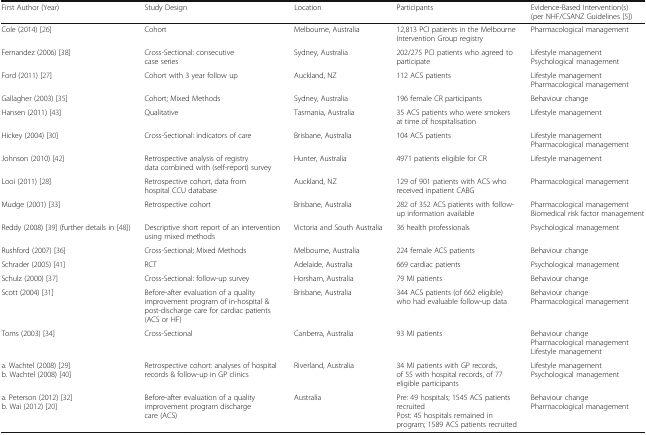
<table><thead><tr><td><b>First Author (Year)</b></td><td><b>Study Design</b></td><td><b>Location</b></td><td><b>Participants</b></td><td><b>Evidence-Based Intervention(s)(per NHF/CSANZ Guidelines [5])</b></td></tr></thead><tbody><tr><td>Cole (2014) [26]</td><td>Cohort</td><td>Melbourne, Australia</td><td>12,813 PCI patients in the Melbourne Intervention Group registry</td><td>Pharmacological management</td></tr><tr><td>Fernandez (2006) [38]</td><td>Cross-Sectional: consecutive case series</td><td>Sydney, Australia</td><td>202/275 PCI patients who agreed to participate</td><td>Lifestyle managementPsychological management</td></tr><tr><td>Ford (2011) [27]</td><td>Cohort with 3 year follow up</td><td>Auckland, NZ</td><td>112 ACS patients</td><td>Lifestyle managementPharmacological management</td></tr><tr><td>Gallagher (2003) [35]</td><td>Cohort; Mixed Methods</td><td>Sydney, Australia</td><td>196 female CR participants</td><td>Behaviour change</td></tr><tr><td>Hansen (2011) [43]</td><td>Qualitative</td><td>Tasmania, Australia</td><td>35 ACS patients who were smokers at time of hospitalisation</td><td>Lifestyle management</td></tr><tr><td>Hickey (2004) [30]</td><td>Cross-Sectional: indicators of care</td><td>Brisbane, Australia</td><td>104 ACS patients</td><td>Lifestyle managementPharmacological management</td></tr><tr><td>Johnson (2010) [42]</td><td>Retrospective analysis of registry data combined with (self-report) survey</td><td>Hunter, Australia</td><td>4971 patients eligible for CR</td><td>Lifestyle management</td></tr><tr><td>Looi (2011) [28]</td><td>Retrospective cohort, data from hospital CCU database</td><td>Auckland, NZ</td><td>129 of 901 patients with ACS who received inpatient CABG</td><td>Pharmacological management</td></tr><tr><td>Mudge (2001) [33]</td><td>Retrospective cohort</td><td>Brisbane, Australia</td><td>282 of 352 ACS patients with follow-up information available</td><td>Pharmacological managementBiomedical risk factor management</td></tr><tr><td>Reddy (2008) [39] (further details in [48])</td><td>Descriptive short report of an intervention using mixed methods</td><td>Victoria and South Australia</td><td>36 health professionals</td><td>Psychological management</td></tr><tr><td>Rushford (2007) [36]</td><td>Cross-Sectional; Mixed Methods</td><td>Melbourne, Australia</td><td>224 female ACS patients</td><td>Behaviour change</td></tr><tr><td>Schrader (2005) [41]</td><td>RCT</td><td>Adelaide, Australia</td><td>669 cardiac patients</td><td>Psychological management</td></tr><tr><td>Schulz (2000) [37]</td><td>Cross-Sectional: follow-up survey</td><td>Horsham, Australia</td><td>79 MI patients</td><td>Behaviour change</td></tr><tr><td>Scott (2004) [31]</td><td>Before-after evaluation of a quality improvement program of in-hospital &amp; post-discharge care for cardiac patients (ACS or HF)</td><td>Brisbane, Australia</td><td>344 ACS patients (of 662 eligible) who had evaluable follow-up data</td><td>Behaviour changePharmacological management</td></tr><tr><td>Toms (2003) [34]</td><td>Cross-Sectional</td><td>Canberra, Australia</td><td>93 MI patients</td><td>Behaviour changePharmacological managementLifestyle management</td></tr><tr><td>a. Wachtel (2008) [29]b. Wachtel (2008) [40]</td><td>Retrospective cohort: analyses of hospital records &amp; follow-up in GP clinics</td><td>Riverland, Australia</td><td>34 MI patients with GP records, of 55 with hospital records, of 77 eligible participants</td><td>Lifestyle managementPsychological management</td></tr><tr><td>a. Peterson (2012) [32]b. Wai (2012) [20]</td><td>Before-after evaluation of a quality improvement program discharge care (ACS)</td><td>Australia</td><td>Pre: 49 hospitals; 1545 ACS patients recruitedPost: 45 hospitals remained in program; 1589 ACS patients recruited</td><td>Behaviour changePharmacological management</td></tr></tbody></table>